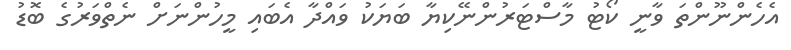
އެހެންނޫންތަ ވާނީ ކޯޓު މާސްޓަރުންނޭކިޔާ ބަޔަކު ވައްދާ އެބައި މީހުންނަށް ނެތްވަރުގެ ބޮޑު